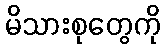
မိသားစုတွေကို